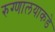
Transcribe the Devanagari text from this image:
रुग्णालयाकडे